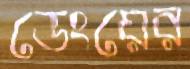
ডেংয়ের